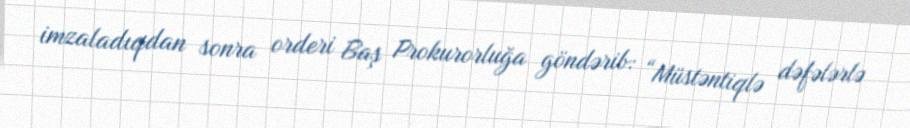
imzaladıqdan sonra orderi Baş Prokurorluğa göndərib: “Müstəntiqlə dəfələrlə